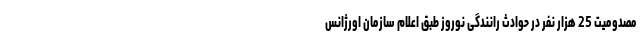
مصدومیت 25 هزار نفر در حوادث رانندگی نوروز طبق اعلام سازمان اورژانس